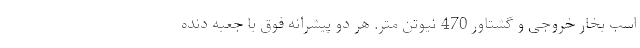
اسب بخار خروجی و گشتاور 470 نیوتن متر. هر دو پیشرانه فوق با جعبه دنده